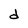
Character: d